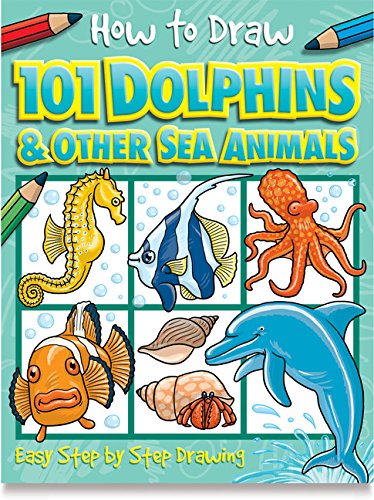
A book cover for How to Draw 101 Dolphins & Other Sea Animals; Children's Books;